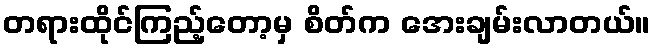
တရားထိုင်ကြည့်တော့မှ စိတ်က အေးချမ်းလာတယ်။